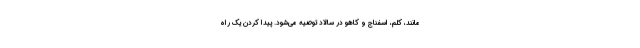
مانند، کلم، اسفناج و کاهو در سالاد توصیه می‌شود. پیدا کردن یک راه